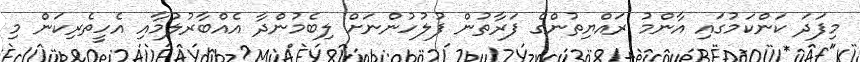
މިފަދަ ކަންކަމުގައި އާންމު ރައްޔިތުންގެ ފަރާތުން ފުލުހުންނަށް ލިބެމުންދާ އެއްބާރުލުމާއި އެހީތެރިކަން މި